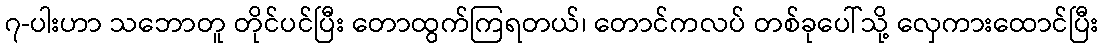
၇-ပါးဟာ သဘောတူ တိုင်ပင်ပြီး တောထွက်ကြရတယ်၊ တောင်ကလပ် တစ်ခုပေါ်သို့ လှေကားထောင်ပြီး